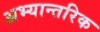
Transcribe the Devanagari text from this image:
अभ्यान्तरिक